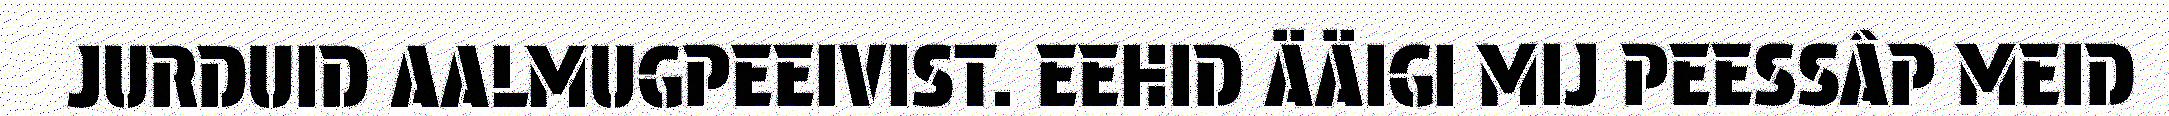
JURDUID AALMUGPEEIVIST. EEHID ÄÄIGI MIJ PEESSÂP MEID